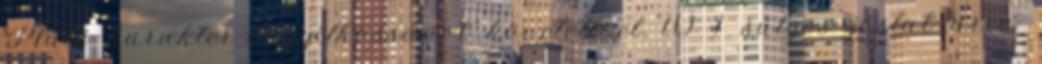
Máté karakter-öngyilkosságot követett el 10 1 súlyos jóslat arra